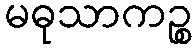
မဓုသာကဉ္စ